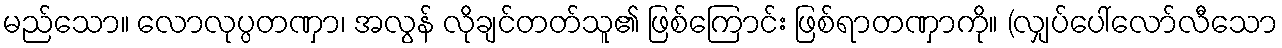
မည်သော။ လောလုပ္ပတဏှာ၊ အလွန် လိုချင်တတ်သူ၏ ဖြစ်ကြောင်း ဖြစ်ရာတဏှာကို။ (လျှပ်ပေါ်လော်လီသော